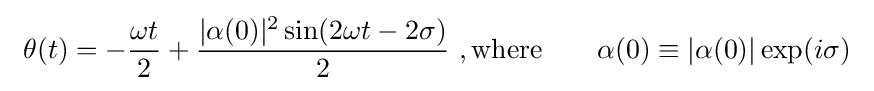
~\theta (t)=-{\frac {\omega t}{2}}+{\frac {|\alpha (0)|^{2}\sin(2\omega t-2\sigma )}{2}}~,{\text{where}}\qquad \alpha (0)\equiv |\alpha (0)|\exp(i\sigma )~